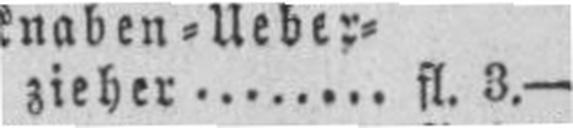
zieher fl. 3.—